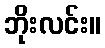
ဘိုးလင်း။